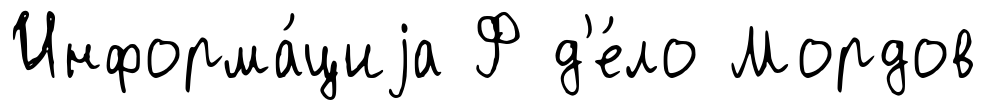
Информа́циjа Ф д'е́ло Мордов